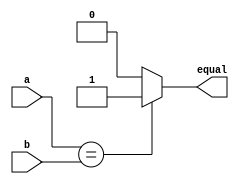
module n_bit_comparator(a, b, equal);

parameter n = 32;
input [n-1:0] a, b;
output reg equal;

always@*
begin
if(a==b)begin
equal=1;
end
else begin
equal=0;
end
end
 
endmodule